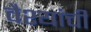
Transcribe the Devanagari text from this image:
वैश्यांची